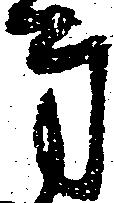
方